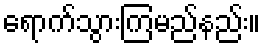
ရောက်သွားကြမည်နည်း။